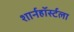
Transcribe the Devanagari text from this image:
शार्नहॉर्स्टला